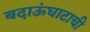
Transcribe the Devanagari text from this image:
बदाऊंघाटाची